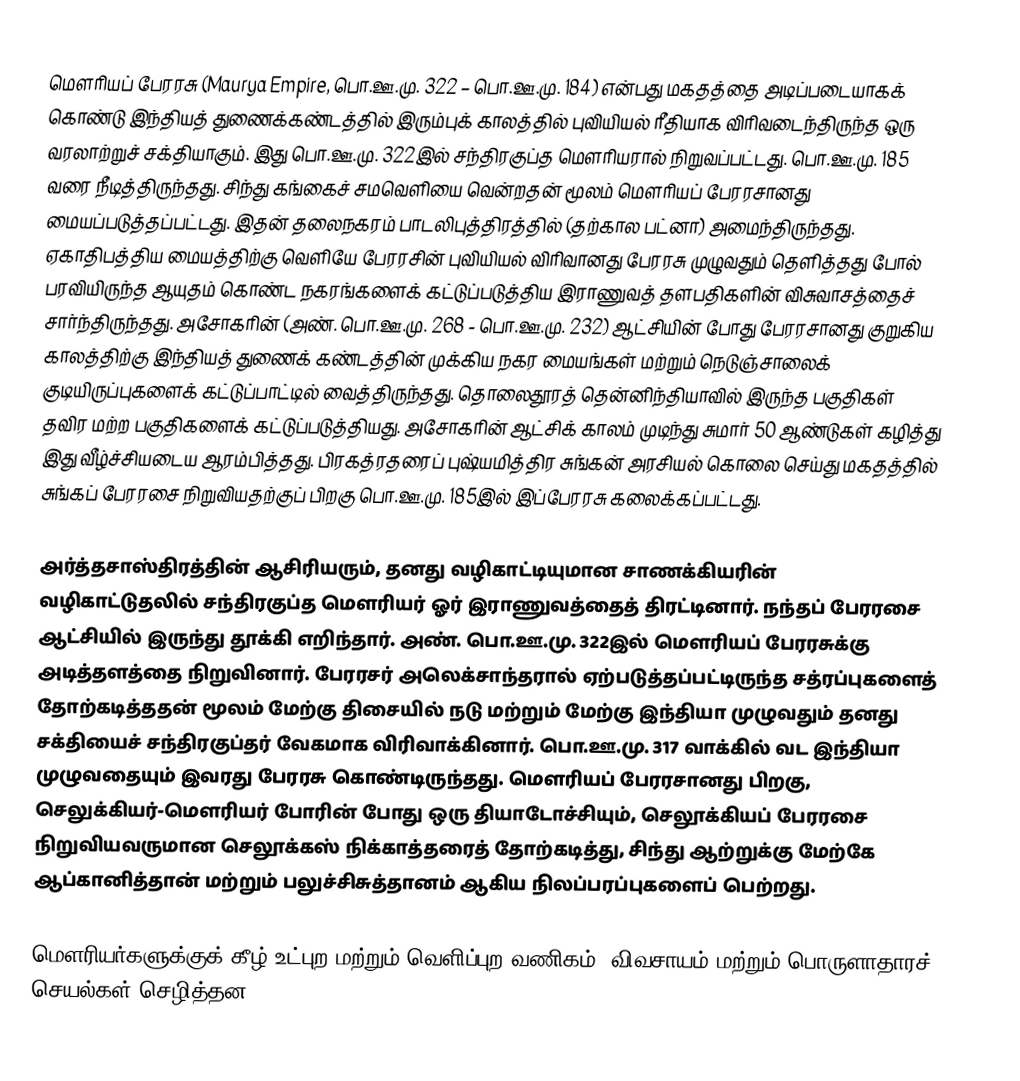
மௌரியப் பேரரசு (Maurya Empire, பொ.ஊ.மு. 322 – பொ.ஊ.மு. 184) என்பது மகதத்தை அடிப்படையாகக் கொண்டு இந்தியத் துணைக்கண்டத்தில் இரும்புக் காலத்தில் புவியியல் ரீதியாக விரிவடைந்திருந்த ஒரு வரலாற்றுச் சக்தியாகும். இது பொ.ஊ.மு. 322இல் சந்திரகுப்த மௌரியரால் நிறுவப்பட்டது. பொ.ஊ.மு. 185 வரை நீடித்திருந்தது. சிந்து கங்கைச் சமவெளியை வென்றதன் மூலம் மௌரியப் பேரரசானது மையப்படுத்தப்பட்டது. இதன் தலைநகரம் பாடலிபுத்திரத்தில் (தற்கால பட்னா) அமைந்திருந்தது. ஏகாதிபத்திய மையத்திற்கு வெளியே பேரரசின் புவியியல் விரிவானது பேரரசு முழுவதும் தெளித்தது போல் பரவியிருந்த ஆயுதம் கொண்ட நகரங்களைக் கட்டுப்படுத்திய இராணுவத் தளபதிகளின் விசுவாசத்தைச் சார்ந்திருந்தது. அசோகரின் (அண். பொ.ஊ.மு. 268 - பொ.ஊ.மு. 232) ஆட்சியின் போது பேரரசானது குறுகிய காலத்திற்கு இந்தியத் துணைக் கண்டத்தின் முக்கிய நகர மையங்கள் மற்றும் நெடுஞ்சாலைக் குடியிருப்புகளைக் கட்டுப்பாட்டில் வைத்திருந்தது. தொலைதூரத் தென்னிந்தியாவில் இருந்த பகுதிகள் தவிர மற்ற பகுதிகளைக் கட்டுப்படுத்தியது. அசோகரின் ஆட்சிக் காலம் முடிந்து சுமார் 50 ஆண்டுகள் கழித்து இது வீழ்ச்சியடைய ஆரம்பித்தது. பிரகத்ரதரைப் புஷ்யமித்திர சுங்கன் அரசியல் கொலை செய்து மகதத்தில் சுங்கப் பேரரசை நிறுவியதற்குப் பிறகு பொ.ஊ.மு. 185இல் இப்பேரரசு கலைக்கப்பட்டது.

அர்த்தசாஸ்திரத்தின் ஆசிரியரும், தனது வழிகாட்டியுமான சாணக்கியரின் வழிகாட்டுதலில் சந்திரகுப்த மௌரியர் ஓர் இராணுவத்தைத் திரட்டினார். நந்தப் பேரரசை ஆட்சியில் இருந்து தூக்கி எறிந்தார். அண். பொ.ஊ.மு. 322இல் மௌரியப் பேரரசுக்கு அடித்தளத்தை நிறுவினார். பேரரசர் அலெக்சாந்தரால் ஏற்படுத்தப்பட்டிருந்த சத்ரப்புகளைத் தோற்கடித்ததன் மூலம் மேற்கு திசையில் நடு மற்றும் மேற்கு இந்தியா முழுவதும் தனது சக்தியைச் சந்திரகுப்தர் வேகமாக விரிவாக்கினார். பொ.ஊ.மு. 317 வாக்கில் வட இந்தியா முழுவதையும் இவரது பேரரசு கொண்டிருந்தது. மௌரியப் பேரரசானது பிறகு, செலுக்கியர்-மௌரியர் போரின் போது ஒரு தியாடோச்சியும், செலூக்கியப் பேரரசை நிறுவியவருமான செலூக்கஸ் நிக்காத்தரைத் தோற்கடித்து, சிந்து ஆற்றுக்கு மேற்கே ஆப்கானித்தான் மற்றும் பலுச்சிசுத்தானம் ஆகிய நிலப்பரப்புகளைப் பெற்றது.

மௌரியர்களுக்குக் கீழ் உட்புற மற்றும் வெளிப்புற வணிகம், விவசாயம் மற்றும் பொருளாதாரச் செயல்கள் செழித்தன.